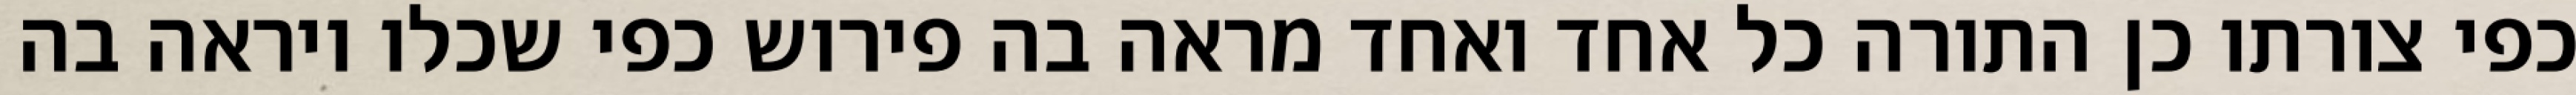
כפי צורתו כן התורה כל אחד ואחד מראה בה פירוש כפי שכלו ויראה בה